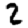
Digit: 2